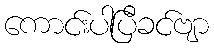
ကောင်းပါပြီခင်ဗျာ